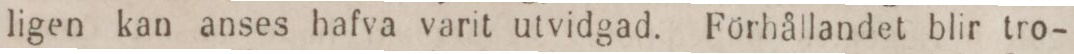
ligen kan anses hafva varit utvidgad. Förhållandet blir tro-